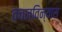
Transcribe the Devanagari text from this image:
वचनविन्यास